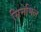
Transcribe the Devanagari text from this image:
सिनेमिल